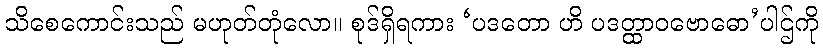
သိစေကောင်းသည် မဟုတ်တုံလော။ စုဒ်ရှိရကား ‘ပဒတော ဟိ ပဒတ္ထာဝဗောဓော’ပါဌ်ကို